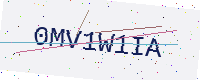
Text: 0MV1W1IA